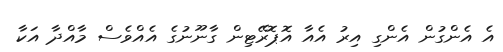
އެ އެންގުން އެންގި އިރު އެއާ އޮޕޮރޭޓިން ގާނޫނުގެ އެއްވެސް މާއްދާ އަކާ